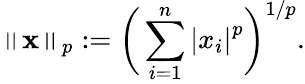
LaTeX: \left\| \mathbf{x}\right\| _{p}:={\bigg(}\sum_{i=1}^{n}\left|x_{i}\right|^{p}{\bigg)}^{1/p}.